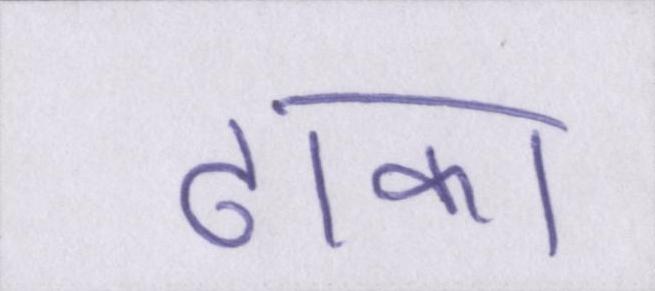
ढाका